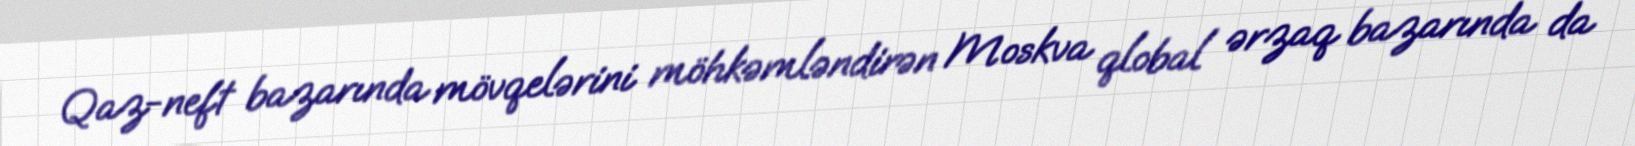
Qaz-neft bazarında mövqelərini möhkəmləndirən Moskva qlobal ərzaq bazarında da